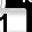
Digit: 1